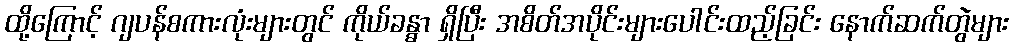
ထို့ကြောင့် ဂျပန်စကားလုံးများတွင် ကိုယ်ခန္ဓာ ရှိပြီး အစိတ်အပိုင်းများပေါင်းထည့်ခြင်း နောက်ဆက်တွဲများ